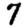
Digit: 7